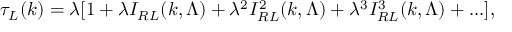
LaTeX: \tau _ { L } ( k ) = \lambda [ 1 + \lambda I _ { R L } ( k , \Lambda ) + \lambda ^ { 2 } I _ { R L } ^ { 2 } ( k , \Lambda ) + \lambda ^ { 3 } I _ { R L } ^ { 3 } ( k , \Lambda ) + . . . ] ,